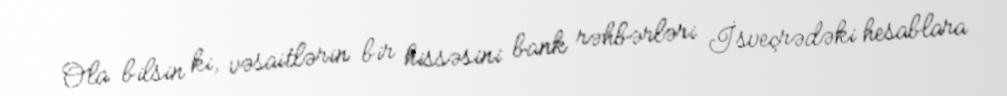
Ola bilsin ki, vəsaitlərin bir hissəsini bank rəhbərləri İsveçrədəki hesablara